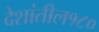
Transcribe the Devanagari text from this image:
देशांतील१८०